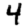
Digit: 4